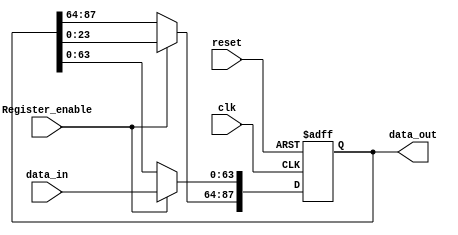
module ReconfigurableRegisterRSPE(clk, reset, data_in, data_out, Register_enable);
   input           clk, reset;
   input    [63:0] data_in;
   input           Register_enable;
   output   [87:0] data_out;
   reg      [87:0] data_out;
   
   always@(posedge clk or posedge reset)
   begin
      if(reset)
         data_out <= 88'd0;
      else if(Register_enable)
      begin
         data_out[87:64] <= data_out[23:0];
         data_out[63:0]  <= data_in[63:0];
      
      end
   
   end
   


endmodule